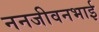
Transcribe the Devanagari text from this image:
ननजीवनभाई